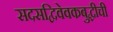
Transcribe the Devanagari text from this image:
सदसद्विवेवकबुद्धीची